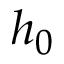
h _ { 0 }